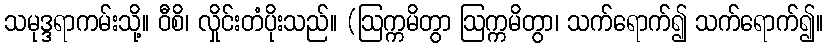
သမုဒ္ဒရာကမ်းသို့။ ဝီစိ၊ လှိုင်းတံပိုးသည်။ (ဩက္ကမိတွာ ဩက္ကမိတွာ၊ သက်ရောက်၍ သက်ရောက်၍။